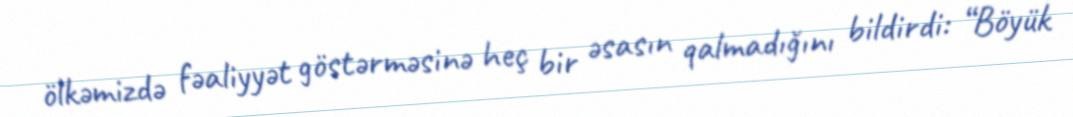
ölkəmizdə fəaliyyət göstərməsinə heç bir əsasın qalmadığını bildirdi: “Böyük